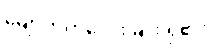
မျောက်ကလေး မျိုး ရှိ၏။